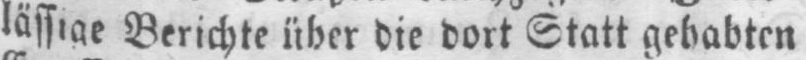
lässige Berichte über die dort Statt gehabten